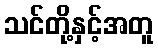
သင်တို့နှင့်အတူ